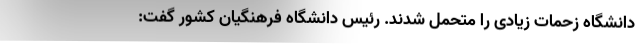
دانشگاه زحمات زیادی را متحمل شدند. رئیس دانشگاه فرهنگیان کشور گفت: